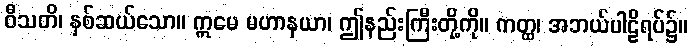
ဝီသတိ၊ နှစ်ဆယ်သော။ ဣမေ မဟာနယာ၊ ဤနည်းကြီးတို့ကို။ ကတ္ထ၊ အဘယ်ပါဠိရပ်၌။